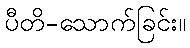
ပီတိ-သောက်ခြင်း။